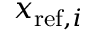
x _ { \mathrm { { r e f } } , i }